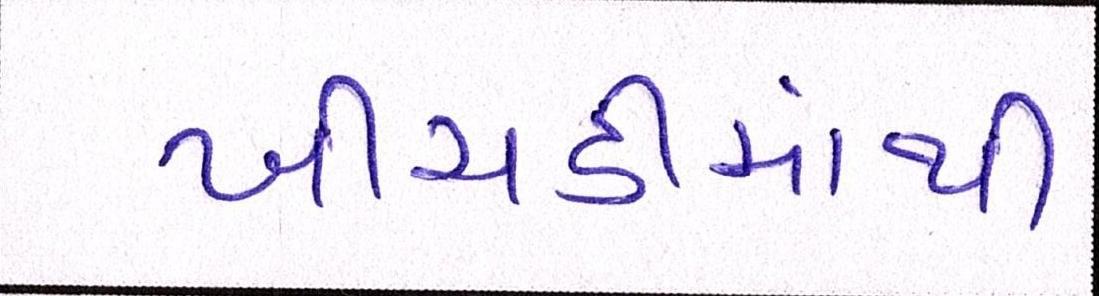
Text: ખીચડીમાંથી